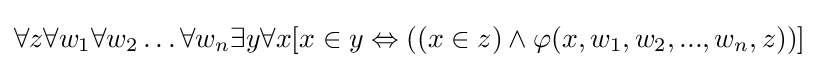
\forall z\forall w_{1}\forall w_{2}\ldots \forall w_{n}\exists y\forall x[x\in y\Leftrightarrow ((x\in z)\land \varphi (x,w_{1},w_{2},...,w_{n},z))]